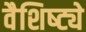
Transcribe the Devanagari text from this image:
वैशिष्‍ट्ये